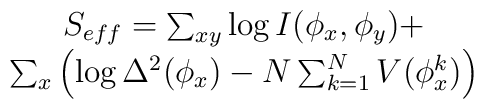
\matrix{S_{eff} = \sum_{xy} \log I(\phi_x,\phi_y) +   \cr\sum_x \left(\log \Delta^2(\phi_x) -N \sum_{k=1}^N V(\phi_x^{k})\right)}